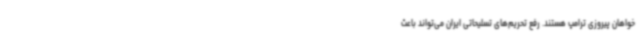
خواهان پیروزی ترامپ هستند. رفع تحریم‌های تسلیحاتی ایران می‌تواند باعث